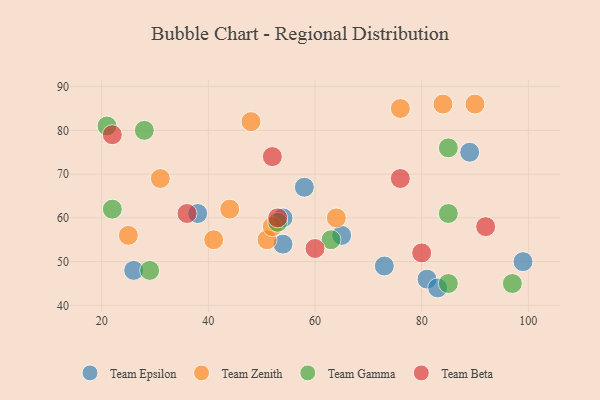
{"axis": {"x": "GDP", "y": "Life Expectancy"}, "legend": ["Team Beta", "Team Epsilon", "Team Gamma", "Team Zenith"], "data": [{"x": "58", "y": 67, "type": "Team Epsilon"}, {"x": "81", "y": 46, "type": "Team Epsilon"}, {"x": "73", "y": 49, "type": "Team Epsilon"}, {"x": "38", "y": 61, "type": "Team Epsilon"}, {"x": "26", "y": 48, "type": "Team Epsilon"}, {"x": "89", "y": 75, "type": "Team Epsilon"}, {"x": "83", "y": 44, "type": "Team Epsilon"}, {"x": "54", "y": 60, "type": "Team Epsilon"}, {"x": "99", "y": 50, "type": "Team Epsilon"}, {"x": "54", "y": 54, "type": "Team Epsilon"}, {"x": "65", "y": 56, "type": "Team Epsilon"}, {"x": "25", "y": 56, "type": "Team Zenith"}, {"x": "44", "y": 62, "type": "Team Zenith"}, {"x": "76", "y": 85, "type": "Team Zenith"}, {"x": "31", "y": 69, "type": "Team Zenith"}, {"x": "51", "y": 55, "type": "Team Zenith"}, {"x": "90", "y": 86, "type": "Team Zenith"}, {"x": "64", "y": 60, "type": "Team Zenith"}, {"x": "84", "y": 86, "type": "Team Zenith"}, {"x": "48", "y": 82, "type": "Team Zenith"}, {"x": "52", "y": 58, "type": "Team Zenith"}, {"x": "41", "y": 55, "type": "Team Zenith"}, {"x": "85", "y": 76, "type": "Team Gamma"}, {"x": "97", "y": 45, "type": "Team Gamma"}, {"x": "28", "y": 80, "type": "Team Gamma"}, {"x": "29", "y": 48, "type": "Team Gamma"}, {"x": "85", "y": 45, "type": "Team Gamma"}, {"x": "21", "y": 81, "type": "Team Gamma"}, {"x": "53", "y": 59, "type": "Team Gamma"}, {"x": "63", "y": 55, "type": "Team Gamma"}, {"x": "22", "y": 62, "type": "Team Gamma"}, {"x": "85", "y": 61, "type": "Team Gamma"}, {"x": "60", "y": 53, "type": "Team Beta"}, {"x": "76", "y": 69, "type": "Team Beta"}, {"x": "22", "y": 79, "type": "Team Beta"}, {"x": "92", "y": 58, "type": "Team Beta"}, {"x": "53", "y": 60, "type": "Team Beta"}, {"x": "36", "y": 61, "type": "Team Beta"}, {"x": "80", "y": 52, "type": "Team Beta"}, {"x": "52", "y": 74, "type": "Team Beta"}]}